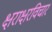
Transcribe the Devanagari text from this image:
क्षराक्षरविचार